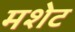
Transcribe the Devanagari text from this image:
मशेट